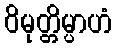
ဝိမုတ္တိမ္ပာဟံ